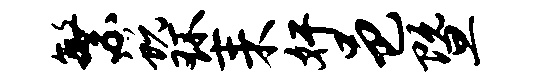
繁蜕环耒奸邑暨